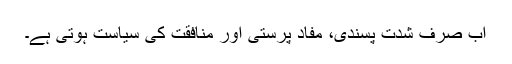
اب صرف شدت پسندی، مفاد پرستی اور منافقت کی سیاست ہوتی ہے۔